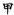
甲